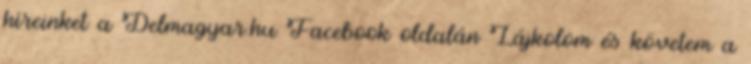
híreinket a Delmagyar.hu Facebook oldalán Lájkolom és követem a